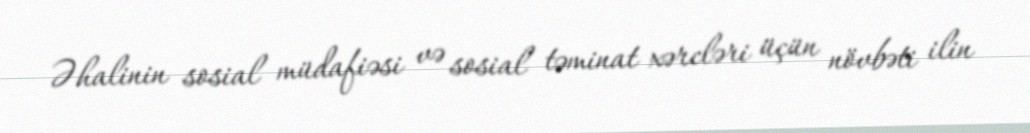
Əhalinin sosial müdafiəsi və sosial təminat xərcləri üçün növbəti ilin